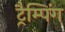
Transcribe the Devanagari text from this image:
ट्रैम्पिंग